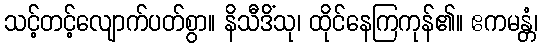
သင့်တင့်လျောက်ပတ်စွာ။ နိသီဒိံသု၊ ထိုင်နေကြကုန်၏။ ဧကမန္တံ၊